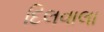
દિલવાલા